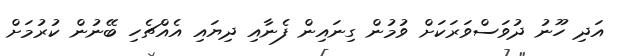
އަދި ހޫނު ދުވަސްވަރަކަށް ވުމުން ގިނައިން ފެނާއި ދިޔައި އެއްޗެހި ބޭނުން ކުރުމަށް